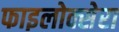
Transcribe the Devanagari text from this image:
फाइलोक्सेरा